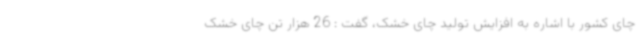
چای کشور با اشاره به افزایش تولید چای خشک، گفت : 26 هزار تن چای خشک